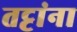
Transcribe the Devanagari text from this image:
तट्टांना